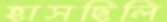
হাসছিলি